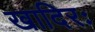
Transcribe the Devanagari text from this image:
खादिरः